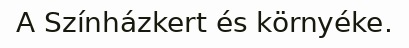
A Színházkert és környéke.